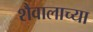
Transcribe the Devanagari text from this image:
शैवालाच्या